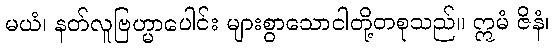
မယံ၊ နတ်လူဗြဟ္မာပေါင်း များစွာသောငါတို့တစုသည်။ ဣမံ ဇိနံ၊